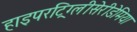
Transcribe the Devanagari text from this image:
हाइपरट्रिग्लीसेरीडेमिया